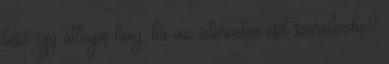
tesz egy átlagos lány, ha az interneten esik szerelembe?